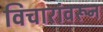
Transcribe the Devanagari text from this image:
विचारांवरून